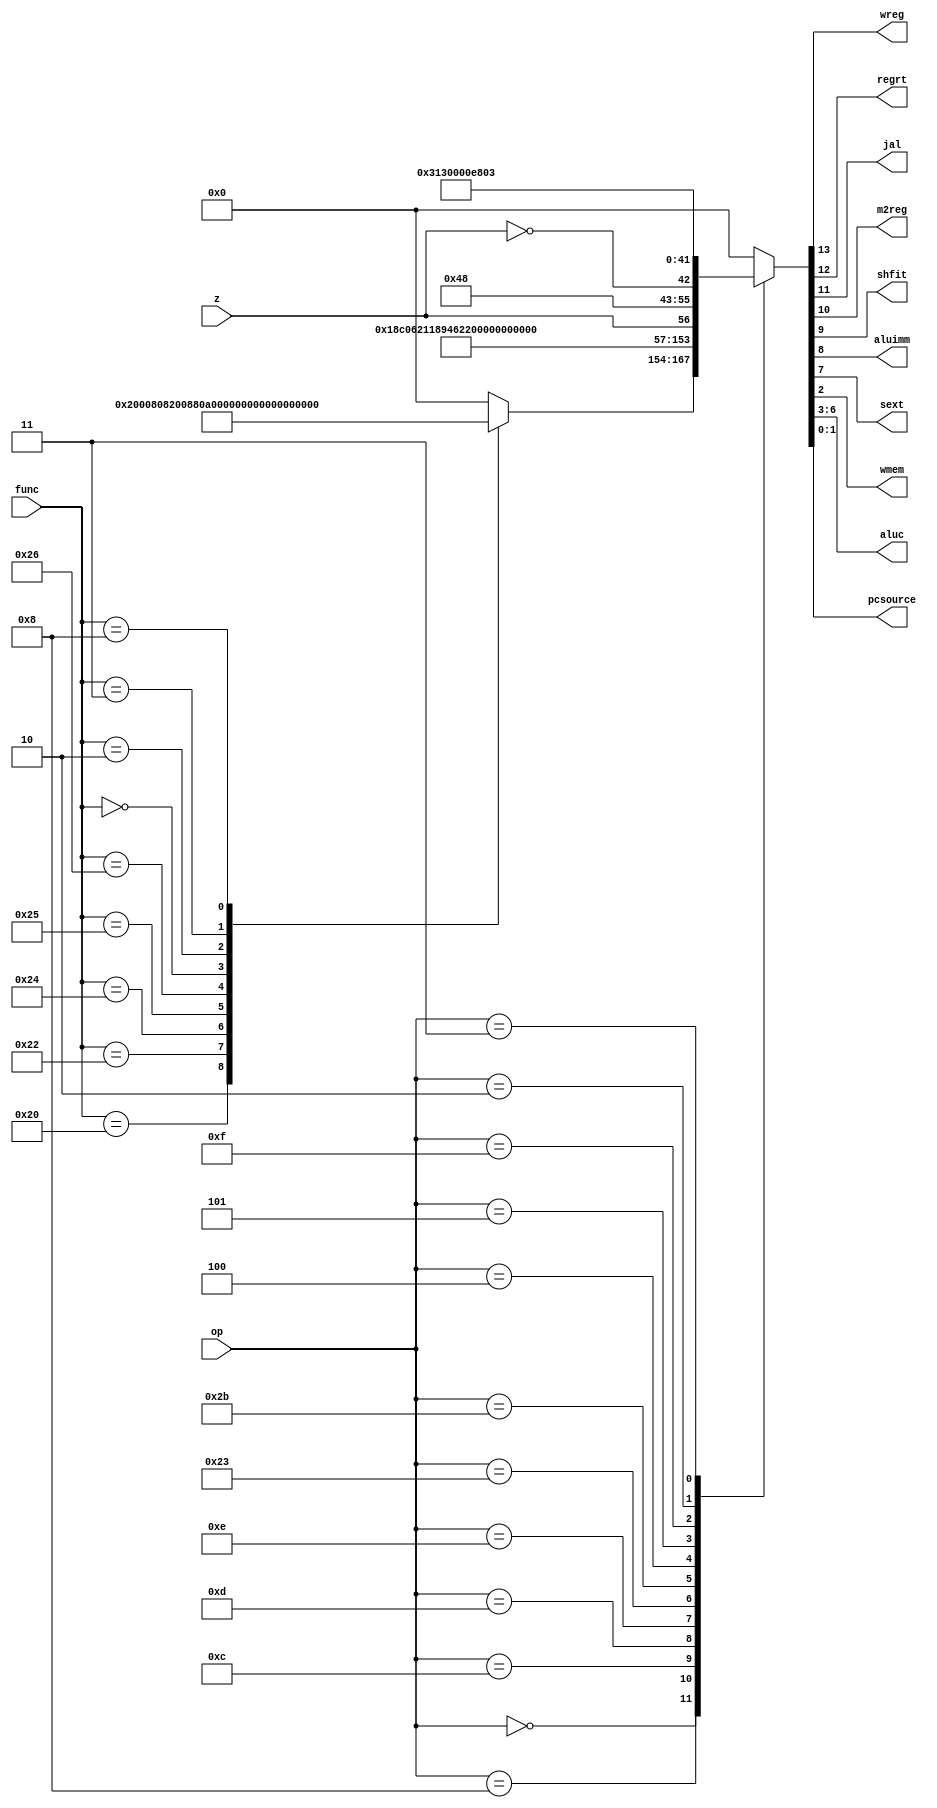
`timescale 1ns / 1ps
//////////////////////////////////////////////////////////////////////////////////
// Company: Xilinx
// 
// Design Name: CONTROL_UNIT
// Module Name: CONTROL_UNIT
// Project Name: MISP_CPU
// Target Devices: 
// Tool Versions: 
// Description: 
// 
// Dependencies: 
// 
// Revision:
// Revision 0.01 - File Created
// Additional Comments:
// 
//////////////////////////////////////////////////////////////////////////////////
module CONTROL_UNIT(
	input[5:0] op,func,
	input z,
	output wreg,regrt,jal,m2reg,shfit,aluimm,sext,wmem,
	output[3:0] aluc,
	output[1:0] pcsource
    );
	
	parameter cmd_add = 6'b100000;
	parameter cmd_sub = 6'b100010;
	parameter cmd_and = 6'b100100;
	parameter cmd_or = 6'b100101;
	parameter cmd_xor = 6'b100110;
	parameter cmd_sll = 6'b000000;
	parameter cmd_srl = 6'b000010;
	parameter cmd_sra = 6'b000011;
	parameter cmd_jr = 6'b001000;
	parameter cmd_addi = 6'b001000;
	parameter cmd_andi = 6'b001100;
	parameter cmd_ori = 6'b001101;
	parameter cmd_xori = 6'b001110;
	parameter cmd_lw = 6'b100011;
	parameter cmd_sw = 6'b101011;
	parameter cmd_beq = 6'b000100;
	parameter cmd_bne = 6'b000101;
	parameter cmd_lui = 6'b001111;
	parameter cmd_j = 6'b000010;
	parameter cmd_jal = 6'b000011;


	reg[13:0] cmd_out;

	always @(*) begin
		case (op)
			6'b0 : begin
				case (func)
					cmd_add : cmd_out <= 14'b10000000000000;
					cmd_sub : cmd_out <= 14'b10000000100000;
					cmd_and : cmd_out <= 14'b10000000001000;
					cmd_or : cmd_out <= 14'b10000000101000;
					cmd_xor : cmd_out <= 14'b10000000010000;
					cmd_sll : cmd_out <= 14'b10001000011000;
					cmd_srl : cmd_out <= 14'b10001000111000;
					cmd_sra : cmd_out <= 14'b10001001111000;
					cmd_jr : cmd_out <= 14'b00000000000010;
					default : cmd_out <= 14'b00000000000000;
				endcase
			end
			cmd_addi : cmd_out <= 14'b11000110000000;
			cmd_andi : cmd_out <= 14'b11000100001000;
			cmd_ori : cmd_out <= 14'b11000100101000;
			cmd_xori : cmd_out <= 14'b11000100010000;
			cmd_lw : cmd_out <= 14'b11010110000000;
			cmd_sw : cmd_out <= 14'b00000110000100;
			cmd_beq : cmd_out <= {13'b0000001001000,z};
			cmd_bne : cmd_out <= {13'b0000001001000,~z};
			cmd_lui : cmd_out <= 14'b11000100110000;
			cmd_j : cmd_out <= 14'b00000000000011;
			cmd_jal : cmd_out <= 14'b10100000000011;
			default : cmd_out <= 14'b00000000000000;
		endcase
	end

	assign wreg = cmd_out[13];
	assign regrt = cmd_out[12];
	assign jal = cmd_out[11];
	assign m2reg = cmd_out[10];
	assign shfit = cmd_out[9];
	assign aluimm = cmd_out[8];
	assign sext = cmd_out[7];
	assign aluc = cmd_out[6:3];
	assign wmem = cmd_out[2];
	assign pcsource = cmd_out[1:0];

endmodule